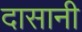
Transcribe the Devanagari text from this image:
दासानी